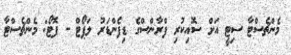
މެންޗެސްޓާ ސިޓީ އަށް ސޮއިކުރި ފްރާންސްގެ ޑިފެންޑަރު ލަޕޯޓް - ފޮޓޯ: މެންޗެސްޓާ